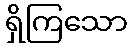
ရှိကြသော